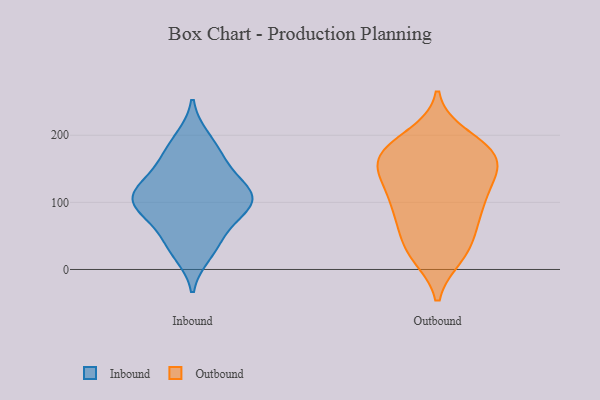
{"axis": {"x": "Tickets Resolved", "y": "Value"}, "legend": ["Inbound", "Outbound"], "data": [{"x": "", "y": 105, "type": "Inbound"}, {"x": "", "y": 22, "type": "Inbound"}, {"x": "", "y": 197, "type": "Inbound"}, {"x": "", "y": 106, "type": "Inbound"}, {"x": "", "y": 40, "type": "Inbound"}, {"x": "", "y": 108, "type": "Inbound"}, {"x": "", "y": 158, "type": "Inbound"}, {"x": "", "y": 134, "type": "Inbound"}, {"x": "", "y": 87, "type": "Inbound"}, {"x": "", "y": 121, "type": "Inbound"}, {"x": "", "y": 171, "type": "Inbound"}, {"x": "", "y": 91, "type": "Inbound"}, {"x": "", "y": 62, "type": "Inbound"}, {"x": "", "y": 171, "type": "Outbound"}, {"x": "", "y": 154, "type": "Outbound"}, {"x": "", "y": 70, "type": "Outbound"}, {"x": "", "y": 143, "type": "Outbound"}, {"x": "", "y": 21, "type": "Outbound"}, {"x": "", "y": 45, "type": "Outbound"}, {"x": "", "y": 149, "type": "Outbound"}, {"x": "", "y": 94, "type": "Outbound"}, {"x": "", "y": 139, "type": "Outbound"}, {"x": "", "y": 92, "type": "Outbound"}, {"x": "", "y": 177, "type": "Outbound"}, {"x": "", "y": 116, "type": "Outbound"}, {"x": "", "y": 169, "type": "Outbound"}, {"x": "", "y": 24, "type": "Outbound"}, {"x": "", "y": 181, "type": "Outbound"}, {"x": "", "y": 111, "type": "Outbound"}, {"x": "", "y": 28, "type": "Outbound"}, {"x": "", "y": 78, "type": "Outbound"}, {"x": "", "y": 198, "type": "Outbound"}, {"x": "", "y": 179, "type": "Outbound"}]}